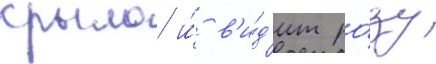
крыло и́ в'и́д'ит ро́зу